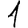
Digit: 1